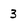
Character: 3